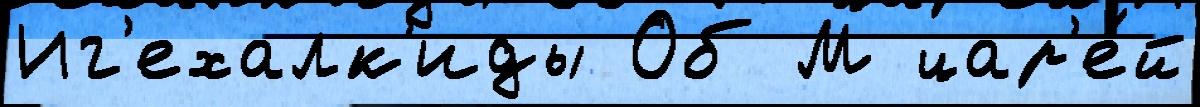
Иг'ехалк'иды Об М цар'е́й